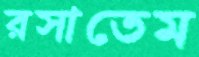
রসাতেম